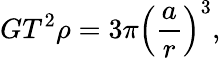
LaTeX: GT^{2}\rho=3\pi\left({\frac{a}{r}}\right)^{3},